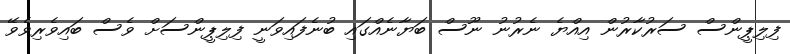
ފިލިޕީންސް ސަރުކާރުން އިއްޔެ ނެރުނު ނޫސް ބަޔާނެއްގައި ބުނެފައިވަނީ ފިލިޕީންސަށް ވެސް ބައިވެރިވެވޭ